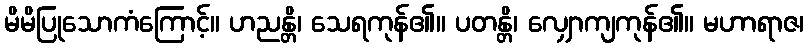
မိမိပြုသောကံကြောင့်။ ဟညန္တိ၊ သေရကုန်၏။ ပတန္တိ၊ လျှောကျကုန်၏။ မဟာရာဇ၊